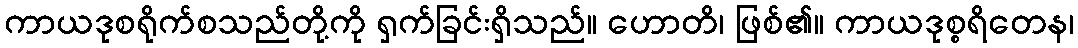
ကာယဒုစရိုက်စသည်တို့ကို ရှက်ခြင်းရှိသည်။ ဟောတိ၊ ဖြစ်၏။ ကာယဒုစ္စရိတေန၊